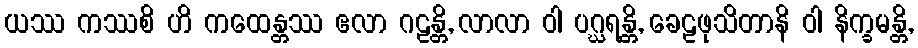
ယဿ ကဿစိ ဟိ ကထေန္တဿ ဧလာ ဂဠန္တိ, လာလာ ဝါ ပဂ္ဃရန္တိ, ခေဠဖုသိတာနိ ဝါ နိက္ခမန္တိ,